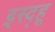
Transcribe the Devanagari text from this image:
इस्द्हू